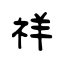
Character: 祥